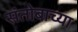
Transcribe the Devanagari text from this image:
संतोबाच्या